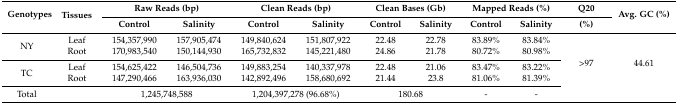
<table><thead><tr><td rowspan="2"><b>Genotypes</b></td><td rowspan="2"><b>Tissues</b></td><td colspan="2"><b>Raw Reads (bp)</b></td><td colspan="2"><b>Clean Reads (bp)</b></td><td colspan="2"><b>Clean Bases (Gb)</b></td><td colspan="2"><b>Mapped Reads (%)</b></td><td><b>Q20</b></td><td rowspan="2"><b>Avg. GC (%)</b></td></tr><tr><td><b>Control</b></td><td><b>Salinity</b></td><td><b>Control</b></td><td><b>Salinity</b></td><td><b>Control</b></td><td><b>Salinity</b></td><td><b>Control</b></td><td><b>Salinity</b></td><td><b>(%)</b></td></tr></thead><tbody><tr><td rowspan="2">NY</td><td>Leaf</td><td>154,357,990</td><td>157,905,474</td><td>149,840,624</td><td>151,807,922</td><td>22.48</td><td>22.78</td><td>83.89%</td><td>83.84%</td><td rowspan="5">&gt;97</td><td rowspan="5">44.61</td></tr><tr><td>Root</td><td>170,983,540</td><td>150,144,930</td><td>165,732,832</td><td>145,221,480</td><td>24.86</td><td>21.78</td><td>80.72%</td><td>80.98%</td></tr><tr><td rowspan="2">TC</td><td>Leaf</td><td>154,625,422</td><td>146,504,736</td><td>149,883,254</td><td>140,337,978</td><td>22.48</td><td>21.06</td><td>83.47%</td><td>83.22%</td></tr><tr><td>Root</td><td>147,290,466</td><td>163,936,030</td><td>142,892,496</td><td>158,680,692</td><td>21.44</td><td>23.8</td><td>81.06%</td><td>81.39%</td></tr><tr><td>Total</td><td></td><td colspan="2">1,245,748,588</td><td colspan="2">1,204,397,278 (96.68%)</td><td colspan="2">180.68</td><td>-</td><td>-</td></tr></tbody></table>